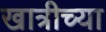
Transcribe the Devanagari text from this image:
खात्रीच्या